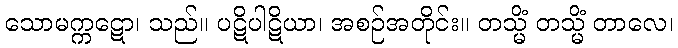
သောမက္ကဋော၊ သည်။ ပဋိပါဋိယာ၊ အစဉ်အတိုင်း။ တသ္မိံ တသ္မိံ တာလေ၊